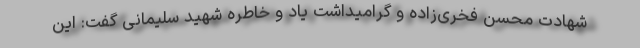
شهادت محسن فخری‌زاده و گرامیداشت یاد و خاطره شهید سلیمانی گفت: این